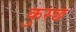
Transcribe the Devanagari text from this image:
कुस्छ